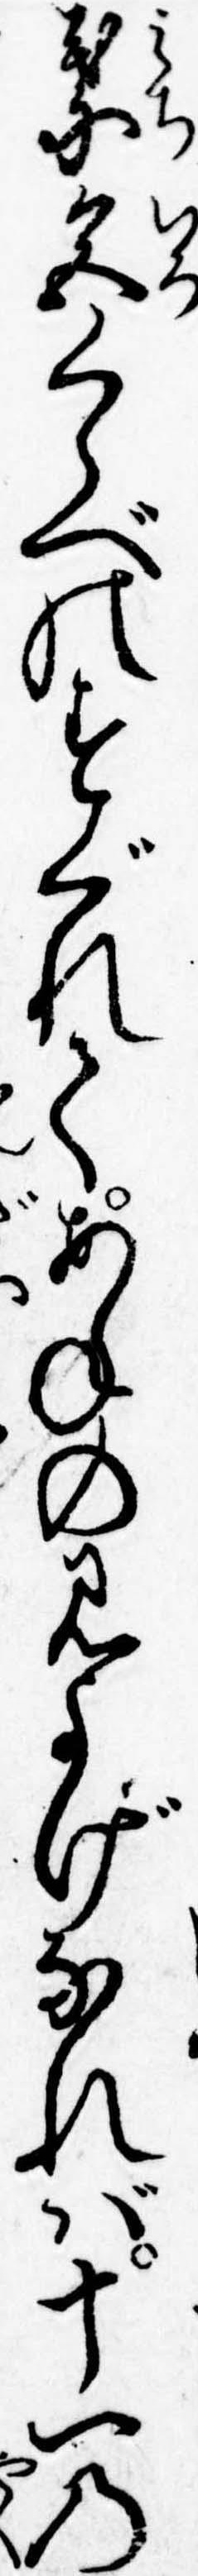
葉色くらべのすぐれてあねの見よげなれば十一の